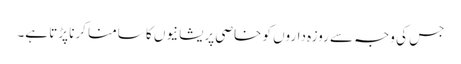
جس کی وجہ سے روزہ داروں کو خاصی پریشانیوں کا سامنا کرنا پڑتا ہے۔